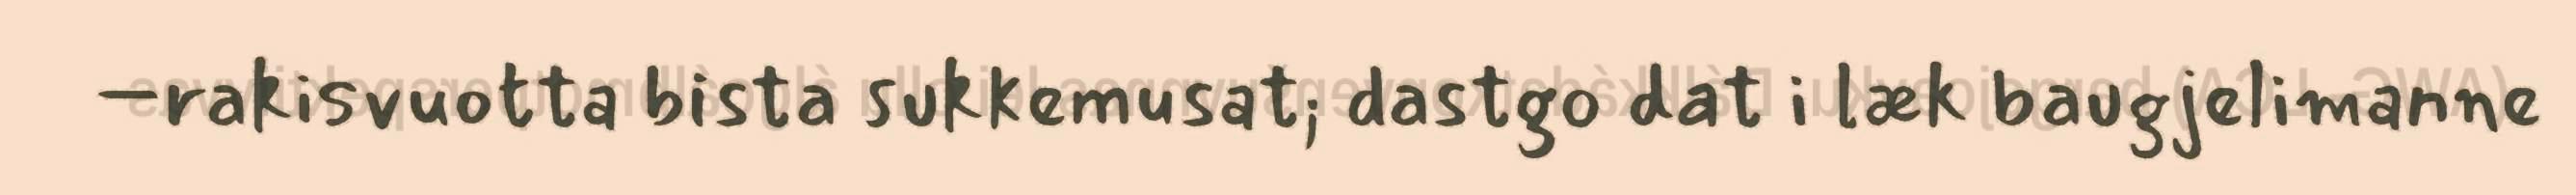
–rakisvuotta bista sukkemusat; dastgo dat i læk baugjelimanne